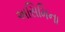
અસિમિના